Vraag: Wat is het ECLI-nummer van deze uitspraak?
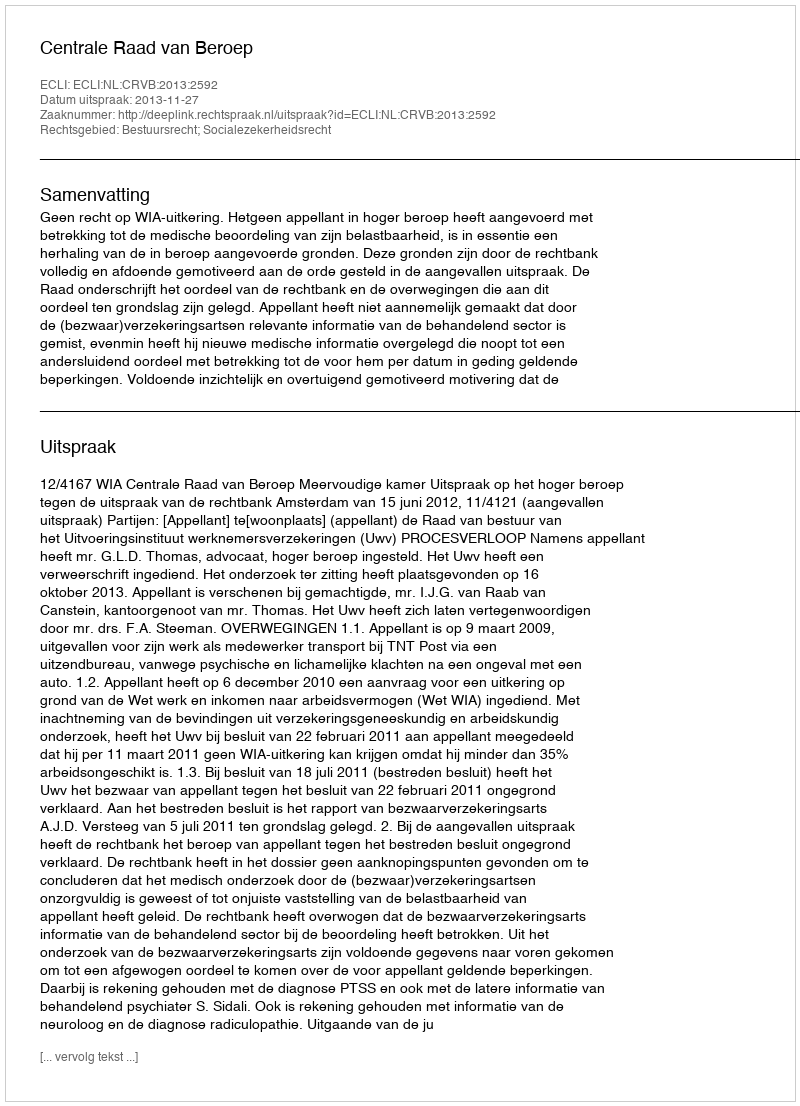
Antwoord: ECLI:NL:CRVB:2013:2592